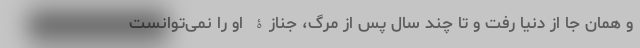
و همان جا از دنیا رفت و تا چند سال پس از مرگ، جنازۀ او را نمی‌توانست